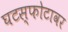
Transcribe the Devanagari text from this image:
घटस्फोटावर